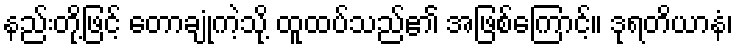
နည်းတို့ဖြင့် တောချုံကဲ့သို့ ထူထပ်သည်၏ အဖြစ်ကြောင့်။ ဒုရတိယာနံ၊